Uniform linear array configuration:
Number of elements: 24
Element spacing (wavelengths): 0.5
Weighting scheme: uniform
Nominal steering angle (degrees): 30
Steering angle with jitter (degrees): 29.452
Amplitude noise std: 0.05
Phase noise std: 0.05

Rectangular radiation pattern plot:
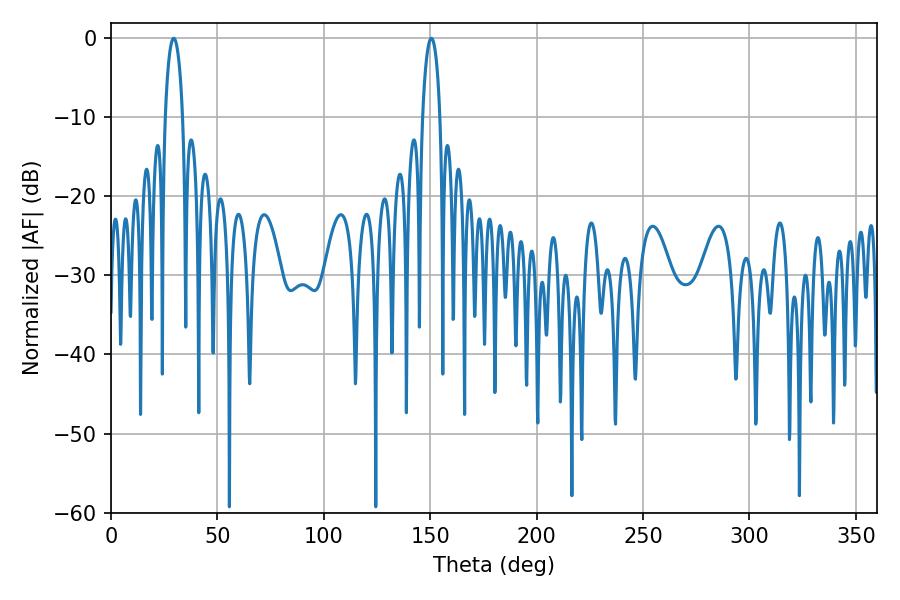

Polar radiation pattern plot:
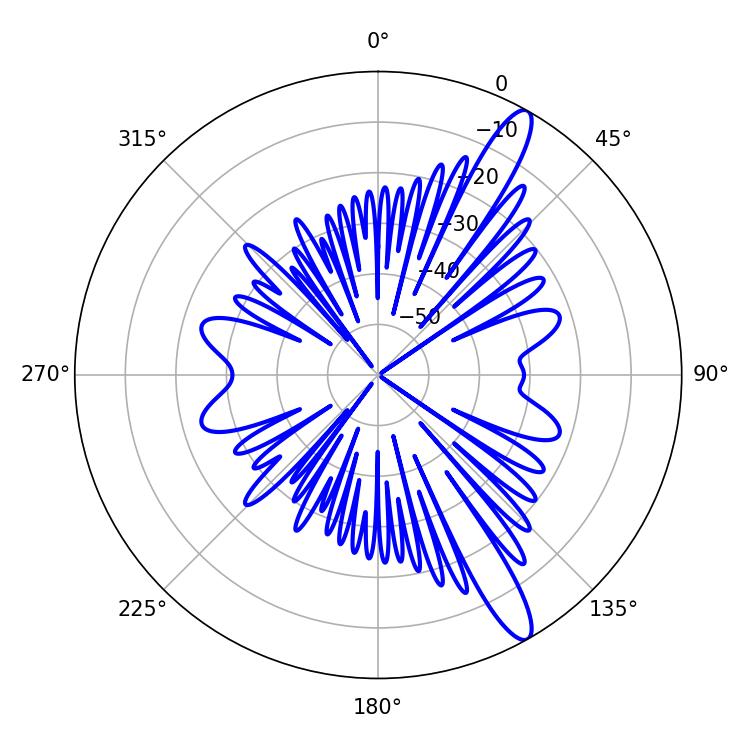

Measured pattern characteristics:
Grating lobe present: FALSE
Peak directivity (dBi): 13.329
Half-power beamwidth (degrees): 4.68
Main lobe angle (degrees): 29.52